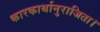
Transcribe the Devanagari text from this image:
कारकार्थानुराजिता।